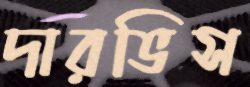
দারভিস